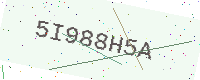
Text: 5I988H5A